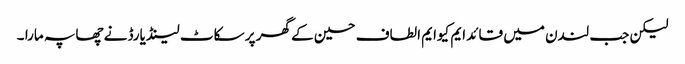
لیکن جب لندن میں قائد ایم کیوایم الطاف حسین کے گھر پر سکاٹ لینڈ یارڈ نے چھاپہ مارا ۔